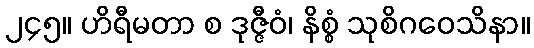
၂၄၅။ ဟိရီမတာ စ ဒုဇ္ဇီဝံ၊ နိစ္စံ သုစိဂဝေသိနာ။